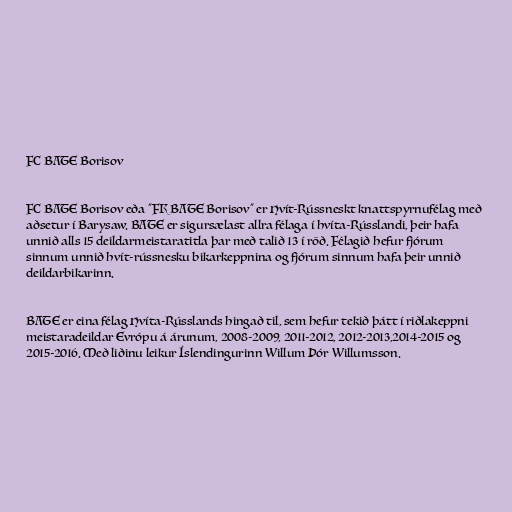
FC BATE Borisov

FC BATE Borisov eða "FK BATE Borisov" er Hvít-Rússneskt knattspyrnufélag með
aðsetur í Barysaw. BATE er sigursælast allra félaga í hvíta-Rússlandi, þeir hafa
unnið alls 15 deildarmeistaratitla þar með talið 13 í röð. Félagið hefur fjórum
sinnum unnið hvít-rússnesku bikarkeppnina og fjórum sinnum hafa þeir unnið
deildarbikarinn.

BATE er eina félag Hvíta-Rússlands hingað til, sem hefur tekið þátt í riðlakeppni
meistaradeildar Evrópu á árunum, 2008-2009, 2011-2012, 2012-2013,2014-2015 og
2015-2016. Með liðinu leikur Íslendingurinn Willum Þór Willumsson.